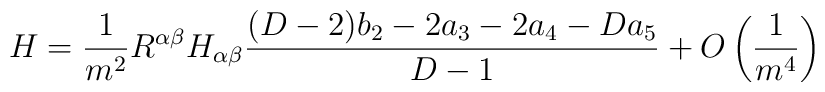
H= \frac{1}{m^2} R^{\alpha\beta} H_{\alpha\beta}\frac{(D-2)b_2 - 2a_3-2a_4-Da_5}{D-1}+ O \left(\frac{1}{m^4}\right)